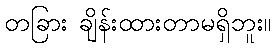
တခြား ချိန်းထားတာမရှိဘူး။